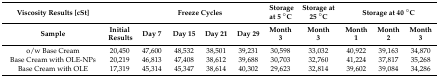
<table><thead><tr><td><b>Viscosity Results [cSt]</b></td><td></td><td colspan="4"><b>Freeze Cycles</b></td><td><b>Storage at 5 °C</b></td><td><b>Storage at 25 °C</b></td><td colspan="3"><b>Storage at 40 °C</b></td></tr><tr><td><b>Sample</b></td><td><b>Initial Results</b></td><td><b>Day 7</b></td><td><b>Day 15</b></td><td><b>Day 21</b></td><td><b>Day 29</b></td><td><b>Month 3</b></td><td><b>Month 3</b></td><td><b>Month 1</b></td><td><b>Month 2</b></td><td><b>Month 3</b></td></tr></thead><tbody><tr><td>o/w Base Cream </td><td>20,450</td><td>47,600</td><td>48,532</td><td>38,501</td><td>39,231</td><td>30,598</td><td>33,032</td><td>40,922</td><td>39,163</td><td>34,870</td></tr><tr><td>Base Cream with OLE-NPs</td><td>20,219</td><td>46,813</td><td>47,408</td><td>38,612</td><td>39,688</td><td>30,703</td><td>32,760</td><td>41,224</td><td>37,817</td><td>35,268</td></tr><tr><td>Base Cream with OLE</td><td>17,319</td><td>45,314</td><td>45,347</td><td>38,614</td><td>40,302</td><td>29,623</td><td>32,814</td><td>39,602</td><td>39,084</td><td>34,286</td></tr></tbody></table>